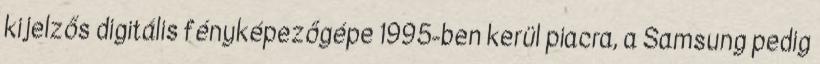
kijelzős digitális fényképezőgépe 1995-ben kerül piacra, a Samsung pedig